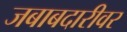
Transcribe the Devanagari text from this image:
जबाबदारीवर